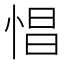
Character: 𢛽